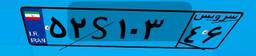
۵۲S۱۰۳۴۶